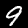
Label: 9